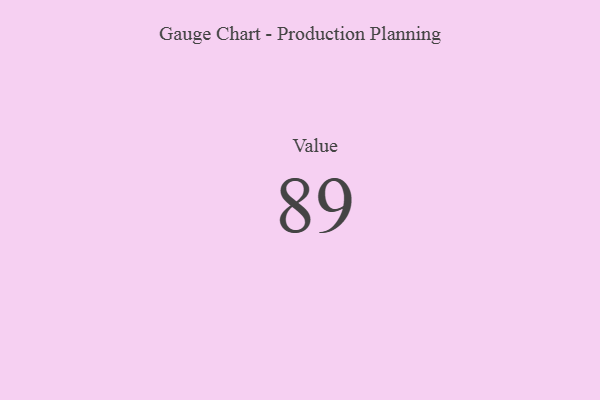
{"axis": {"x": "Metric", "y": "Value"}, "legend": [""], "data": [{"x": "Value", "y": 89, "type": ""}]}